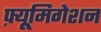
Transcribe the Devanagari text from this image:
फ़्यूमिगेशन